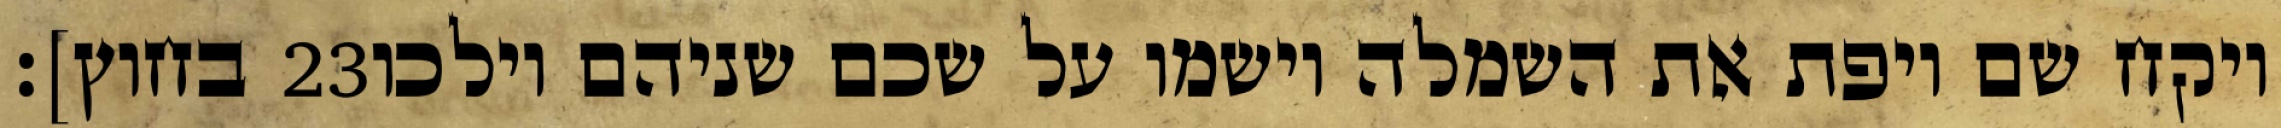
בחוץ]׃ ‎23‏ ויקח שם ויפת את השמלה וישמו על שכם שניהם וילכו